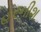
હરનીશ